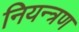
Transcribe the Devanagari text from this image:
नियन्‍त्रण